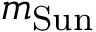
m _ { \mathrm { S u n } }